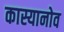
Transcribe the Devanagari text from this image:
कास्यानोव